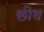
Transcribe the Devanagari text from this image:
छीथ